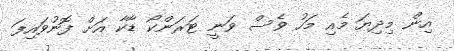
އިން މިދިޔަ މެއި މަހު ވެސް ވަނީ ޓަރަންކޯ ޑާކާ އަށް ފޮނުވައިފަ